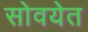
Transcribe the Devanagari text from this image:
सोवयेत